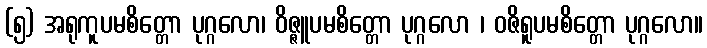
(၅) အရုကူပမစိတ္တော ပုဂ္ဂလော၊ ဝိဇ္ဇူပမစိတ္တော ပုဂ္ဂလော ၊ ဝဇိရူပမစိတ္တော ပုဂ္ဂလော။